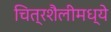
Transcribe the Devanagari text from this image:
चित्रशैलीमध्ये